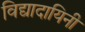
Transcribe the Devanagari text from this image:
विद्यादायिनी